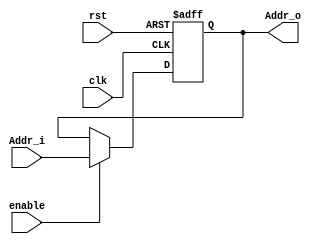
module Buffer #(parameter WIDTH = 32)(
input [WIDTH-1:0] Addr_i,
input enable, clk, rst,
output reg [WIDTH-1:0] Addr_o
);
 
always @ (negedge rst or posedge clk)
begin
	// Reset whenever the reset signal goes low, regardless of the clock
	if (!rst)
	begin
		Addr_o <= 32'b0;
	end
	// If not resetting, update the register output on the clock's rising edge
	else
	begin
		if (enable) Addr_o <= Addr_i;
	end
end
endmodule